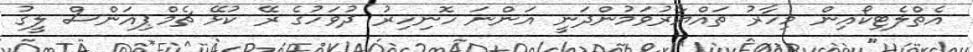
އެތްލެޓިކޯއިން މިހާރު ތައްޔާރުވަމުންދަނީ އަންނަ ހޮނިހިރު ދުވަހުގެ ރޭ ކުޅޭ ޗެމްޕިއަންސް ލީގު